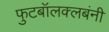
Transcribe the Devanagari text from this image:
फुटबॉलक्लबंनी